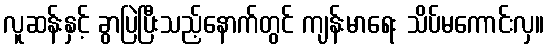
လူဆန်းနှင့် ခွာပြဲပြီးသည့်နောက်တွင် ကျန်းမာရေး သိပ်မကောင်းလှ။